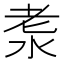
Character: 𣴐